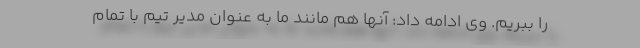
را ببریم. وی ادامه داد: آنها هم مانند ما به عنوان مدیر تیم با تمام